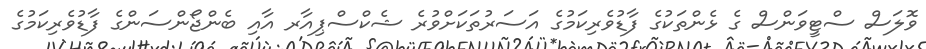
ވޮލަސް ސްޓީވަންސް ގެ ޅެންތަކުގެ ފާޑުވެރިކަމުގެ އަސަރުތަކަށްވުރެ ޝެކްސްޕިއާރ އާއި ބެންޖޯންސަންގެ ފާޑުވެރިކަމުގެ